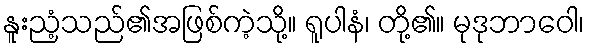
နူးညံ့သည်၏အဖြစ်ကဲ့သို့။ ရူပါနံ၊ တို့၏။ မုဒုဘာဝေါ၊